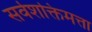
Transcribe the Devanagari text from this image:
सर्वशक्तिमत्ता